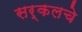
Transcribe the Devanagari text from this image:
सर्कलचे